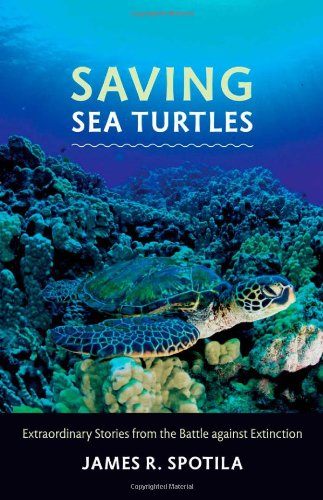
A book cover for Saving Sea Turtles: Extraordinary Stories from the Battle against Extinction; James R. Spotila; Science & Math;